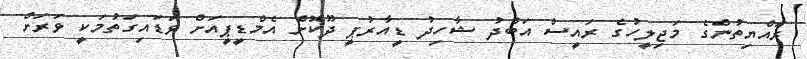
ރައްޔިތުންގެ މަޖިލީހުގެ ރައީސް އަބްދު ޝާހިދު ޑީއާރުޕީ ދޫކޮށް އެމްޑީޕީއަށް ވަޑައިގަތުމަކީ ވަރަށް